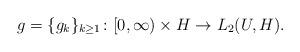
LaTeX: \begin{align*}g = \{g_k\}_{k \geq 1}\colon [0,\infty) \times H \rightarrow L_2(U,H).\end{align*}